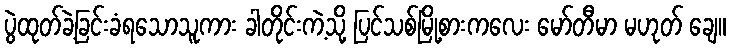
ပွဲထုတ်ခဲ့ခြင်းခံရသောသူကား ခါတိုင်းကဲ့သို့ ပြင်သစ်မြို့စားကလေး မော်တီမာ မဟုတ် ချေ။